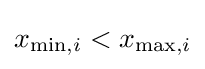
x_{\min ,i}<x_{\max ,i}